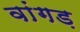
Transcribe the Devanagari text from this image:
वांगड़